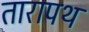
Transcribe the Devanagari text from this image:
तारापथ